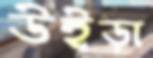
উইড়া